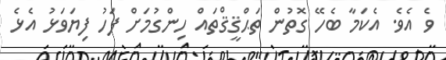
ވެ އެވެ. އެކަމާ ބެހޭ ގޮތުން ތަޙްޤީޤްތައް ހިންގުމަށް ފަހު ފިޔަވަޅު އެޅެ